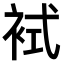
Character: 𧙢